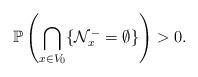
LaTeX: \begin{align*} \mathbb{P} \left ( \bigcap_{x \in V_0}\{ \mathcal{N}^-_x=\emptyset\} \right ) >0 .\end{align*}